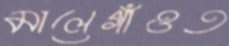
মালেগাঁওত